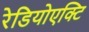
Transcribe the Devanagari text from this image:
रेडियोएक्टि